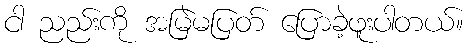
ငါ ညည်းကို အမြဲမပြတ် ပြောခဲ့ဖူးပါတယ်။